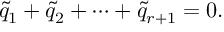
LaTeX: \tilde { q } _ { 1 } + \tilde { q } _ { 2 } + \cdots + \tilde { q } _ { r + 1 } = 0 .